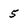
Character: 5